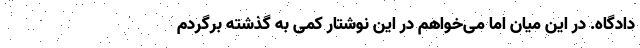
دادگاه. در این میان اما می‌خواهم در این نوشتار کمی به گذشته برگردم